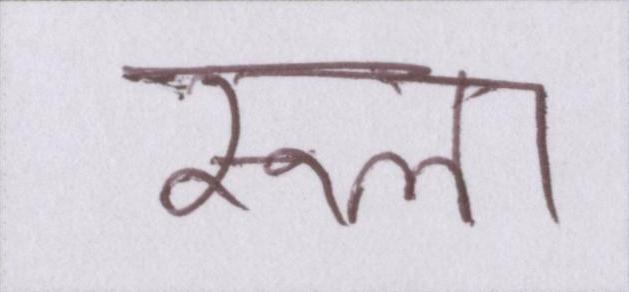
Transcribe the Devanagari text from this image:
रूला